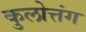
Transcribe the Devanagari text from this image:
कुलोत्तंग